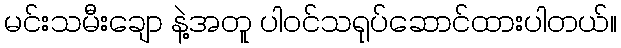
မင်းသမီးချော နဲ့အတူ ပါဝင်သရုပ်ဆောင်ထားပါတယ်။